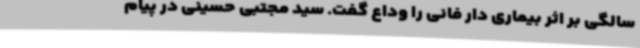
سالگی بر اثر بیماری دار فانی را وداع گفت. سید مجتبی حسینی در پیام